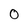
Character: O